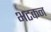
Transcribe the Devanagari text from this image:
भटकन